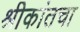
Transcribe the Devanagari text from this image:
श्रीकांतचा